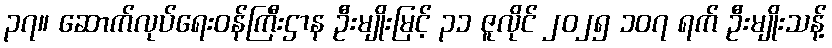
၃၇။ ဆောက်လုပ်ရေးဝန်ကြီးဌာန ဦးမျိုးမြင့် ၃၁ ဇူလိုင် ၂၀၂၅ ၁၀၇ ရက် ဦးမျိုးသန့်